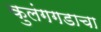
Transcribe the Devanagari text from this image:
कुलंगगडाचा